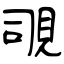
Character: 覗